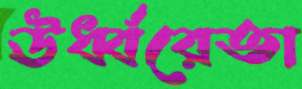
ঊর্ধ্বরেতা